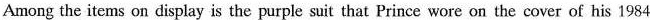
Among the items on display is the purple suit that Prince wore on the cover of his 1984